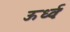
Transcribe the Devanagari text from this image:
ऊर्ध्वः